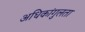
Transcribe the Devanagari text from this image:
अधिकांगुलता